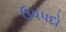
ઉપપદો